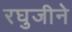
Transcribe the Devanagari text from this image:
रघुजीने